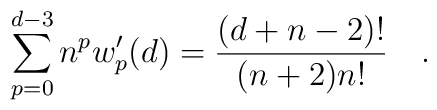
\sum_{p=0}^{d-3}n^p w'_p(d)={(d+n-2)! \over (n+2)n!}~~~.